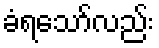
ခံရသော်လည်း